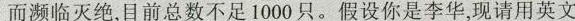
而濒临灭绝，目前总数不足1000只。假设你是李华，现请用英文